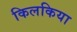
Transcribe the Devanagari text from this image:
किलकिया